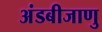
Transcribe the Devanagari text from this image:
अंडबीजाणु